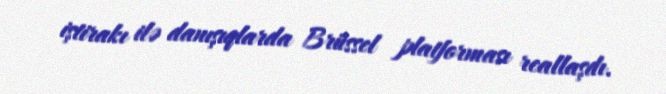
iştirakı ilə danışıqlarda Brüssel platforması reallaşdı.